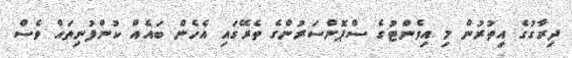
ދިރާގުގެ އިތުރުން މި އިވެންޓުގެ ސްޕޮންސަރުންގެ ތެރޭގައި އެހެން ބައެއް ކުންފުނިތައް ވެސް